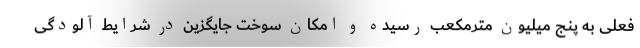
فعلی به پنج میلیون مترمکعب رسیده و امکان سوخت جایگزین در شرایط آلودگی